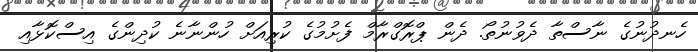
ހެނދުނުގެ ނާާސްތާ ދެވުނުތޯ. ދެން ޕްރޮގްރާމް ފެށުމުގެ ކުރިއަށް ހުންނާނެ ކުދިންގެ އިސްކޮޅާއި